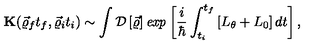
{ \bf K } ( \vec { \varrho } _ { f } t _ { f } , \vec { \varrho } _ { i } t _ { i } ) \sim \int { \cal D } \left[ \vec { \varrho } \right] { \it e x p } \left[ \frac { i } { \hbar } \int _ { t _ { i } } ^ { t _ { f } } \left[ L _ { \theta } + L _ { 0 } \right] d t \right] ,